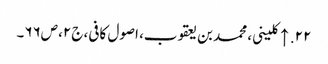
۲۲. ↑ کلینی، محمد بن یعقوب، اصول کافی، ج۲، ص۶۶۔